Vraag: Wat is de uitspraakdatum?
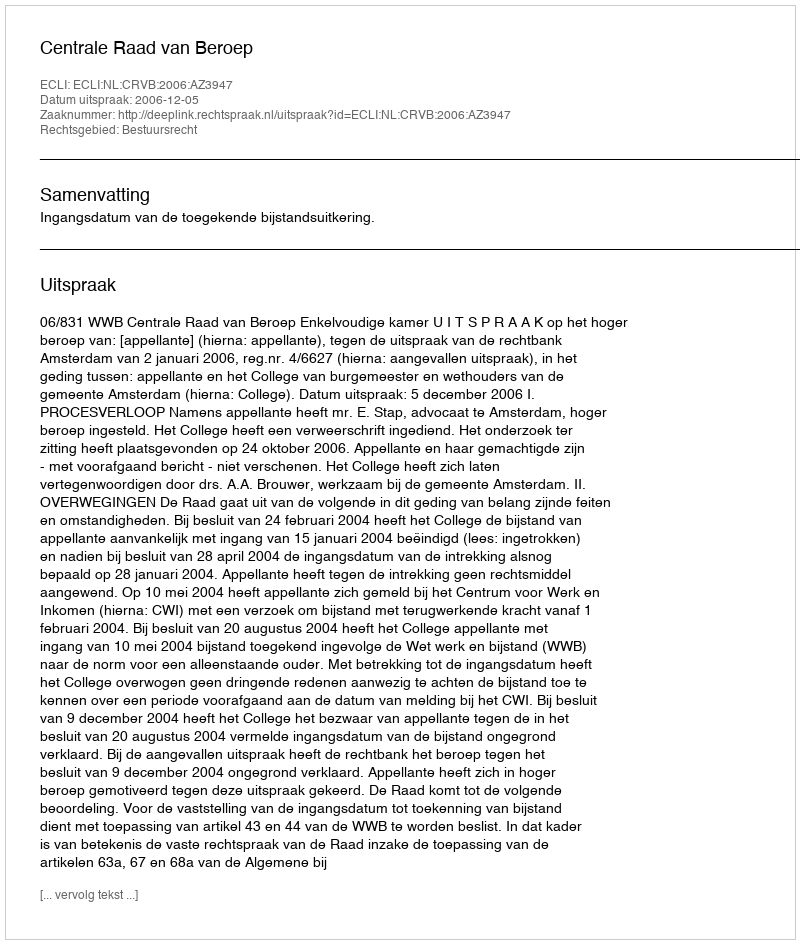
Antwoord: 2006-12-05